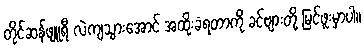
တိုင်ဆန်ဖျူရီ လဲကျသွားအောင် အထိုးခံရတာကို ခင်ဗျားတို့ မြင်ဖူးမှာပါ။